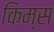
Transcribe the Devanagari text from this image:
किम्स